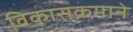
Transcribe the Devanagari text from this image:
विकासक्रमाने